Supplement to the account of plague administration in the Bombay Presidency from September 1896 till May 1897
Year: 1896
Disease focus: Plague
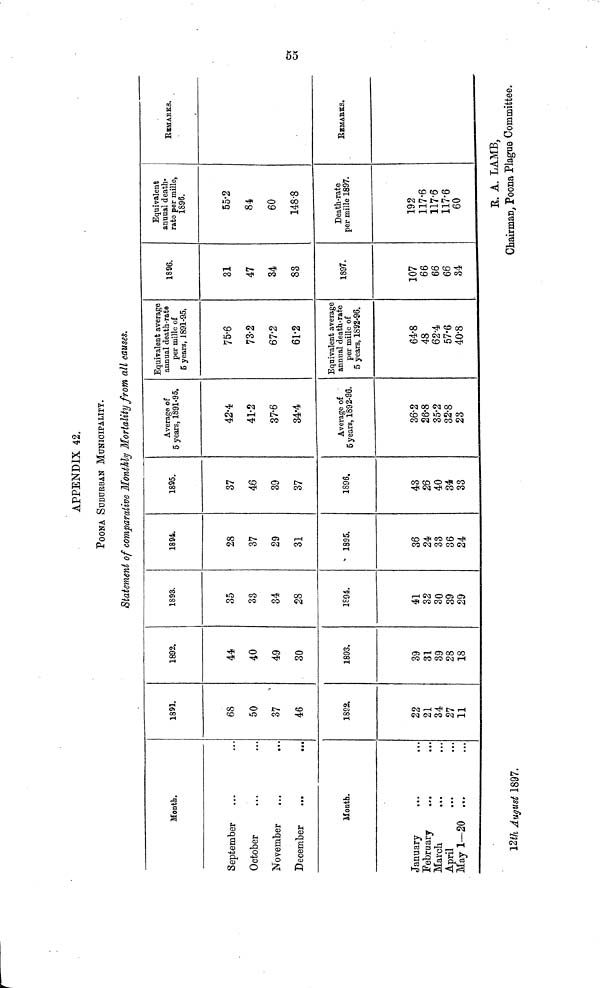
APPENDIX 42.
POONA SUBURBAN MUNICIPALITY.
Statement of comparative Monthly Mortality from all causes.
Month.
September
October
November
December
•••
•••
•••
•••
•••
•••
•••
•••
Month.
January
February
March
April
May 1–20
•••
•••
•••
•••
•••
•••
•••
•••
•••
•••
1891.
68
50
37
46
1892.
22
21
34
27
11
1892.
44
40
49
30
1893.
39
31
39
28
18
1893.
35
33
34
28
1894.
41
32
30
39
29
1894.
28
37
29
31
1895.
36
24
33
36
24
1895.
37
46
39
37
1898.
43
26
40
34
33
Average of
6 years, 1891-95.
42•4
41•2
37•6
34•4
Average of
5 years, 1892-96.
36•2
26•8
35•2
32•8
23
Equivalent average
annual death-rate
per mille of
5 years, 1891-95.
75•6
73•2
67•2
61•2
Equivalent average
annual death-rate
per mille of
5 years, 1892-96.
64•8
48
62•4
57•6
40•8
1896.
31
47
34
83
1897.
107
66
66
66
34
Equivalent
annual death-
rate per mille,
1896
55•2
84
60
148•8
Death-rate
per mille 1897.
192
117•6
117•6
117•6
60
Remarks.
55
Remarks.
R. A. LAMB,
12th August 1897.
Chairman, Poona Plague Committee.